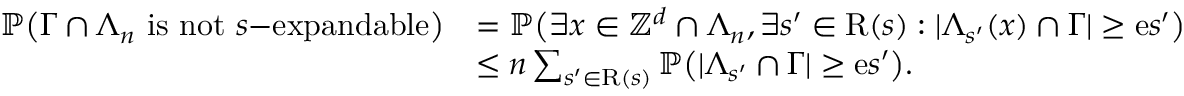
\begin{array} { r l } { \mathbb { P } \big ( \Gamma \cap \Lambda _ { n } \mathrm { ~ i s ~ n o t ~ } s \mathrm { - e x p a n d a b l e } \big ) } & { = \mathbb { P } \big ( \exists x \in { \mathbb Z } ^ { d } \cap \Lambda _ { n } , \exists s ^ { \prime } \in \mathrm { R } ( s ) : | \Lambda _ { s ^ { \prime } } ( x ) \cap \Gamma | \ge { \mathrm e } s ^ { \prime } \big ) } \\ & { \le n \sum _ { s ^ { \prime } \in \mathrm { R } ( s ) } \mathbb { P } \big ( | \Lambda _ { s ^ { \prime } } \cap \Gamma | \ge { \mathrm e } s ^ { \prime } \big ) . } \end{array}